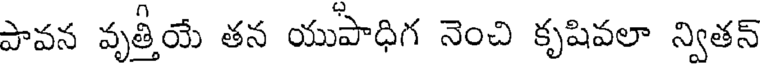
పావన వృత్తీయే తన యుపాధిగ నెంచి కృషివలా న్వితన్